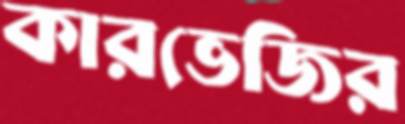
কারভেজির